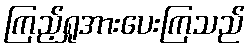
ကြည့်ရှုအားပေးကြသည်